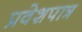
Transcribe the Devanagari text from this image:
प्रवेशपात्र